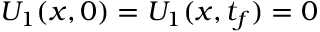
U _ { 1 } ( { \boldsymbol { x } } , 0 ) = U _ { 1 } ( { \boldsymbol { x } } , t _ { f } ) = 0